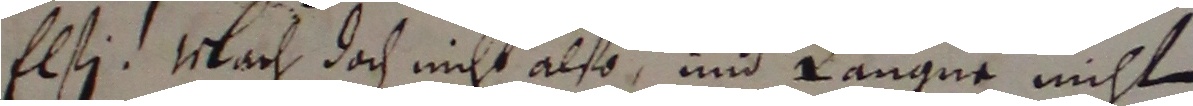
Elsi wach doch nicht also und langne nicht